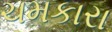
ચમકારા